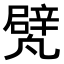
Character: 𠙱